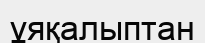
ұяқалыптан